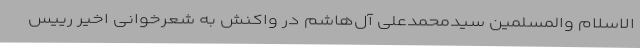
‌الاسلام والمسلمین سیدمحمدعلی آل‌هاشم در واکنش به شعرخوانی اخیر رییس